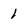
Character: 1